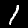
Label: 1